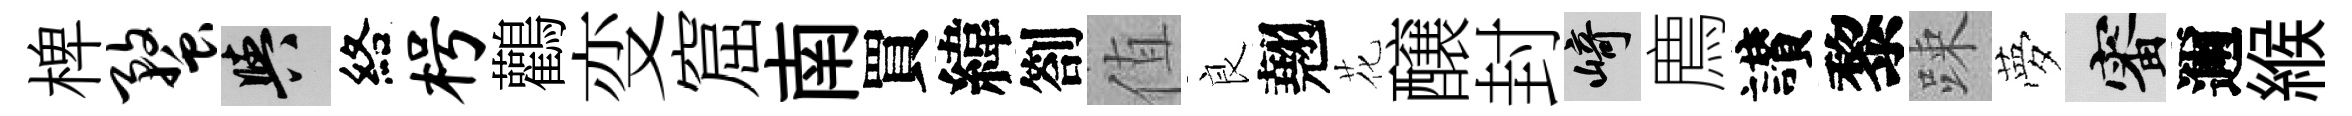
椑蝥阳絡枵鸛变窟南買緯劄值良翹花醸封崎廌讃黎踈夢審邇緱